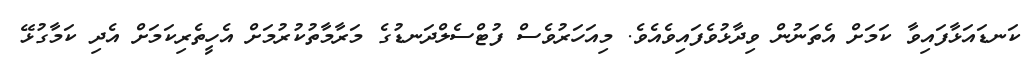
ކަނޑައަޅާފައިވާ ކަމަށް އެތަނުން ވިދާޅުވެފައިވެއެވެ. މިއަހަރުވެސް ފުޓްސެލްދަނޑުގެ މަރާމާތުކުރުމަށް އެހީތެރިކަމަށް އެދި ކަމާގުޅޭ